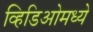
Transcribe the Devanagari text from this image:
व्हिडिओमध्ये